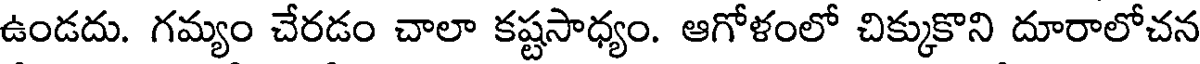
ఉండదు. గమ్యం చేరడం చాలా కష్టసాధ్యం. ఆగోళంలో చిక్కుకొని దూరాలోచన